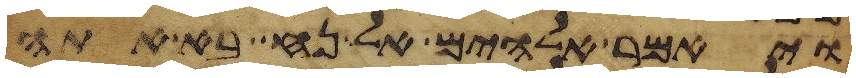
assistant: ויאמר אלהים אל נח בא אתה